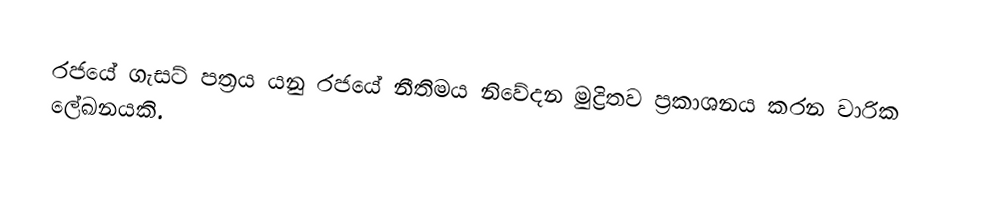
රජයේ ගැසට් පත්‍රය යනු රජයේ නීතිමය නිවේදන මුද්‍රිතව ප්‍රකාශනය කරන වාරික ලේඛනයකි.